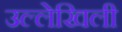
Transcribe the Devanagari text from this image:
उल्लेखिली